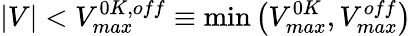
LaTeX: \vert V\vert<V_{max}^{0K,off}\equiv\operatorname*{min}\left(V_{max}^{0K},V_{max}^{off}\right)